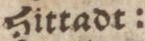
Sittadt: